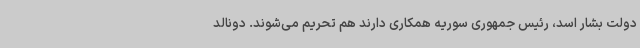
دولت بشار اسد، رئیس جمهوری سوریه همکاری دارند هم تحریم می‌شوند. دونالد